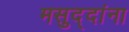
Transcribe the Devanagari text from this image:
मसुद्दांना